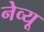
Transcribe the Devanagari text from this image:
नेव्यू